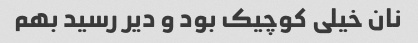
نان خیلی کوچیک بود و دیر رسید بهم